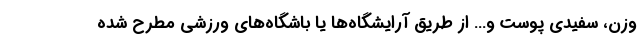
وزن، سفیدی پوست و… از طریق آرایشگاه‌ها یا باشگاه‌های ورزشی مطرح شده